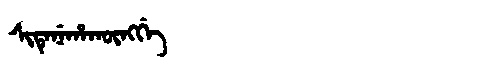
Manchu: ᠰᡳᡨᡝᠨᡝᡥᠠᡴᡡᠩᡤᡝ
Romanization: SITENEHAKŪNGGE